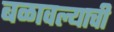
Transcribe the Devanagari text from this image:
बळावल्याची